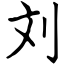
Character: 刘